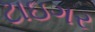
ટાઇગર